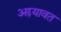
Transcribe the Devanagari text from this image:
अद्दयावत